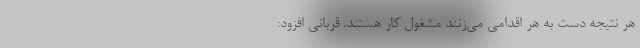
هر نتیجه‌ دست به هر اقدامی می‌زنند مشغول کار هستند. قربانی افزود: